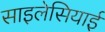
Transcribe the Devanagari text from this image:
साइलेसियाई